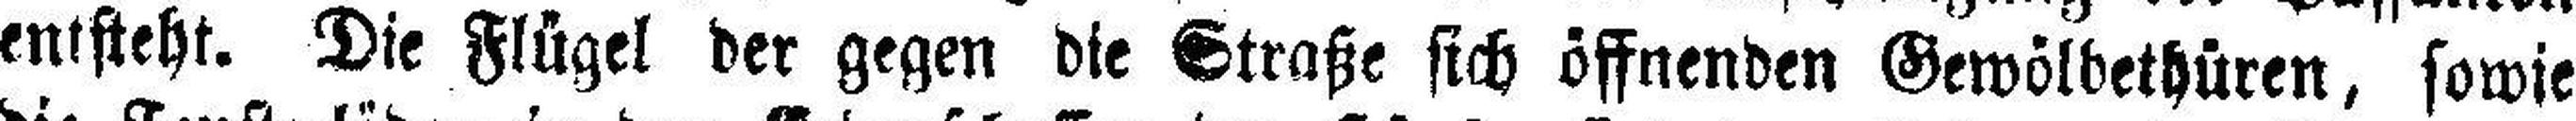
entsteht. Die Flügel der gegen die Straße sich öffnenden Gewölbethüren, sowie